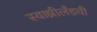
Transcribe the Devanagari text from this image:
स्वाझीलँडची